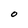
Character: O